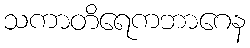
သကာတိရေကဘာဂေန